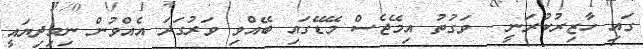
ގައި ހާޒިރުކުރަނީ - ވަގުތު އިމޭޖެސް މޭޑޭގައި ބޭއްވި ވަރުގަދަ އެއްވުން ނިމިދިޔައީ